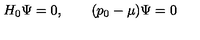
H _ { 0 } \Psi = 0 , \qquad ( p _ { 0 } - \mu ) \Psi = 0